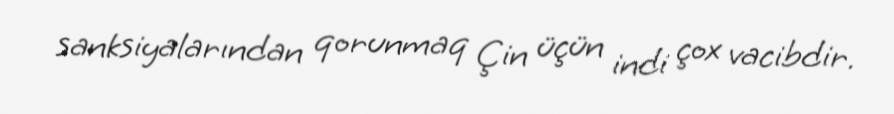
sanksiyalarından qorunmaq Çin üçün indi çox vacibdir.